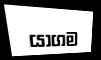
යාගම